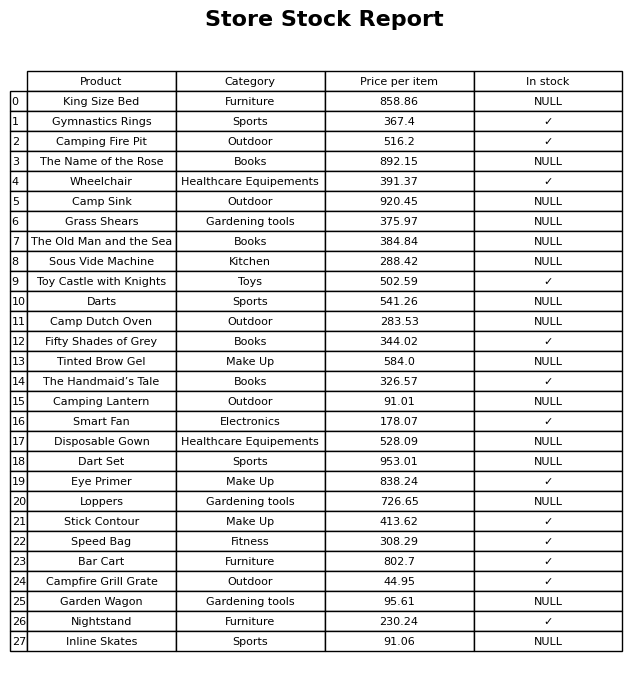
question: What category does the Eye Primer belong to?
answer: Make Up